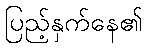
ပြည့်နှက်နေ၏